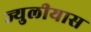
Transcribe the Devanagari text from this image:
ज्युलीयास